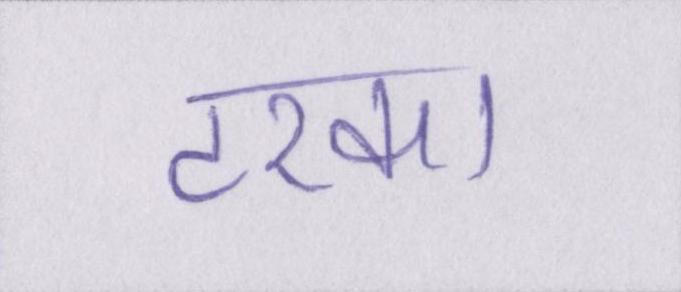
टरका